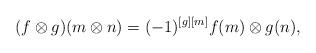
LaTeX: \begin{align*}(f\otimes g)(m\otimes n)=(-1)^{[g] [m]}f(m)\otimes g(n),\end{align*}